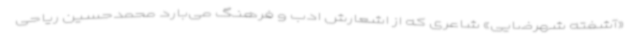
«آشفته شهرضایی» شاعری که از اشعارش ادب و فرهنگ می‌بارد محمدحسین ریاحی